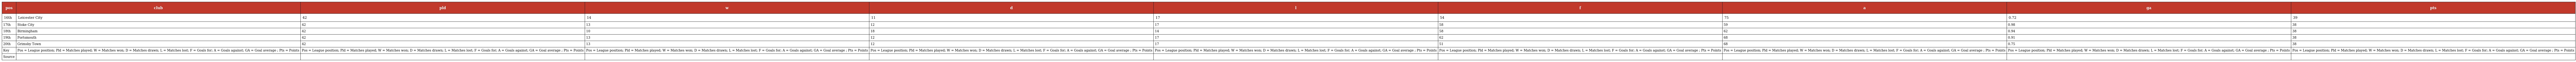
| pos | club | pld | w | d | l | f | a | ga | pts |
 | --- | --- | --- | --- | --- | --- | --- | --- | --- | --- |
 | 16th | Leicester City | 42 | 14 | 11 | 17 | 54 | 75 | 0.72 | 39 |
 | 17th | Stoke City | 42 | 13 | 12 | 17 | 58 | 59 | 0.98 | 38 |
 | 18th | Birmingham | 42 | 10 | 18 | 14 | 58 | 62 | 0.94 | 38 |
 | 19th | Portsmouth | 42 | 13 | 12 | 17 | 62 | 68 | 0.91 | 38 |
 | 20th | Grimsby Town | 42 | 13 | 12 | 17 | 51 | 68 | 0.75 | 38 |
 | Key | Pos = League position; Pld = Matches played; W = Matches won; D = Matches drawn; L = Matches lost; F = Goals for; A = Goals against; GA = Goal average ; Pts = Points | Pos = League position; Pld = Matches played; W = Matches won; D = Matches drawn; L = Matches lost; F = Goals for; A = Goals against; GA = Goal average ; Pts = Points | Pos = League position; Pld = Matches played; W = Matches won; D = Matches drawn; L = Matches lost; F = Goals for; A = Goals against; GA = Goal average ; Pts = Points | Pos = League position; Pld = Matches played; W = Matches won; D = Matches drawn; L = Matches lost; F = Goals for; A = Goals against; GA = Goal average ; Pts = Points | Pos = League position; Pld = Matches played; W = Matches won; D = Matches drawn; L = Matches lost; F = Goals for; A = Goals against; GA = Goal average ; Pts = Points | Pos = League position; Pld = Matches played; W = Matches won; D = Matches drawn; L = Matches lost; F = Goals for; A = Goals against; GA = Goal average ; Pts = Points | Pos = League position; Pld = Matches played; W = Matches won; D = Matches drawn; L = Matches lost; F = Goals for; A = Goals against; GA = Goal average ; Pts = Points | Pos = League position; Pld = Matches played; W = Matches won; D = Matches drawn; L = Matches lost; F = Goals for; A = Goals against; GA = Goal average ; Pts = Points | Pos = League position; Pld = Matches played; W = Matches won; D = Matches drawn; L = Matches lost; F = Goals for; A = Goals against; GA = Goal average ; Pts = Points |
 | Source |  |  |  |  |  |  |  |  |  |